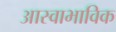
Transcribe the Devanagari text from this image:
आस्वाभाविक